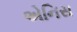
એનિસ